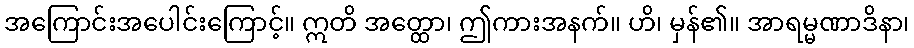
အကြောင်းအပေါင်းကြောင့်။ ဣတိ အတ္ထော၊ ဤကားအနက်။ ဟိ၊ မှန်၏။ အာရမ္မဏာဒိနာ၊